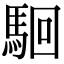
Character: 𩢱